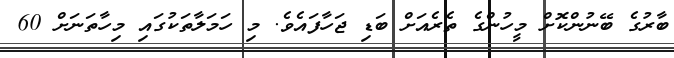
ބާރުގެ ބޭނުންކޮށް މީހުންގެ ތެރެއަށް ބަޑި ޖަހާފައެވެ. މި ހަމަލާތަކުގައި މިހާތަނަށް 60